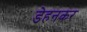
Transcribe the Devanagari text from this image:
डेहनकर